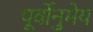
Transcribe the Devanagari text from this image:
पूर्वोनुमेय